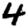
Digit: 4